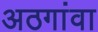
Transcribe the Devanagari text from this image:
अठगांवा